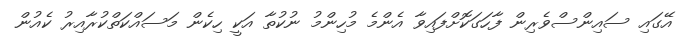
އޭގައި ސައިންސްވެރިން ފާހަގަކޮށްފައިވާ އެންމެ މުހިންމު ނުކުތާ އަކީ ހިކެން މަސައްކަތްކުރާއިރު ކެއުން